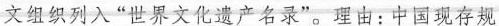
文组织列入”世界文化遗产名录”。理由：中国现存规